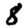
Digit: 8